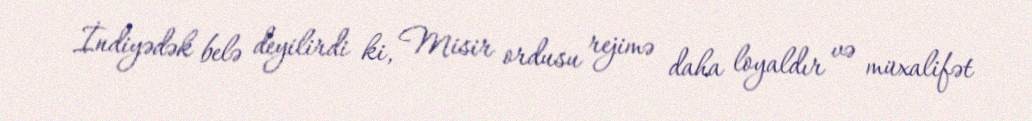
İndiyədək belə deyilirdi ki, Misir ordusu rejimə daha loyaldır və müxalifət